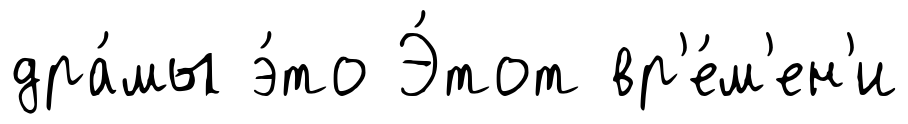
дра́мы э́то Э́тот вр'е́м'ен'и